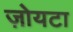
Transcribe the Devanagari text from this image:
ज़ोयटा